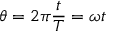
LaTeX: \theta = 2 \pi { \frac { t } { T } } = \omega t